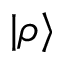
| \rho \rangle